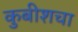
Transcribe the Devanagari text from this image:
कुबीशचा